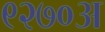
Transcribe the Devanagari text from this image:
९२७०अ